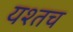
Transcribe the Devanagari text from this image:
यश्तच